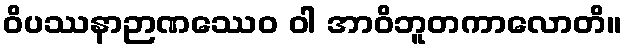
ဝိပဿနာဉာဏဿေဝ ဝါ အာဝိဘူတကာလောတိ။